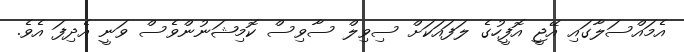
އެމައްސަލާގައި އޭޖީ އޮފީހުގެ ލަފައަކަށް ސިވިލް ސާވިސް ކޮމިޝަނުންވެސް ވަނީ އެދިފަ އެވެ.